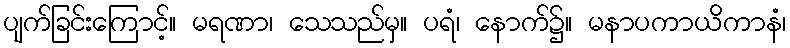
ပျက်ခြင်းကြောင့်။ မရဏာ၊ သေသည်မှ။ ပရံ၊ နောက်၌။ မနာပကာယိကာနံ၊